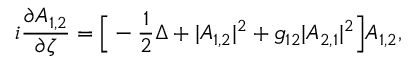
i \frac { \partial A _ { 1 , 2 } } { \partial \zeta } = \Big [ - \frac { 1 } { 2 } \Delta + | A _ { 1 , 2 } | ^ { 2 } + g _ { 1 2 } | A _ { 2 , 1 } | ^ { 2 } \Big ] A _ { 1 , 2 } ,